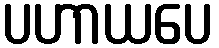
ပဟာယပေ